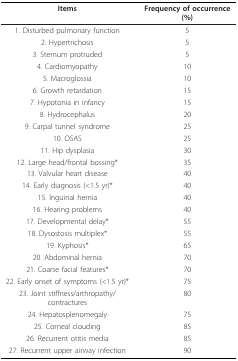
<table><thead><tr><td><b>Items</b></td><td><b>Frequency of occurrence (%)</b></td></tr></thead><tbody><tr><td>1. Disturbed pulmonary function</td><td>5</td></tr><tr><td>2. Hypertrichosis</td><td>5</td></tr><tr><td>3. Sternum protruded</td><td>5</td></tr><tr><td>4. Cardiomyopathy</td><td>10</td></tr><tr><td>5. Macroglossia</td><td>10</td></tr><tr><td>6. Growth retardation</td><td>15</td></tr><tr><td>7. Hypotonia in infancy</td><td>15</td></tr><tr><td>8. Hydrocephalus</td><td>20</td></tr><tr><td>9. Carpal tunnel syndrome</td><td>25</td></tr><tr><td>10. OSAS</td><td>25</td></tr><tr><td>11. Hip dysplasia</td><td>30</td></tr><tr><td>12. Large head/frontal bossing*</td><td>35</td></tr><tr><td>13. Valvular heart disease</td><td>40</td></tr><tr><td>14. Early diagnosis (&lt;1.5 yr)*</td><td>40</td></tr><tr><td>15. Inguinal hernia</td><td>40</td></tr><tr><td>16. Hearing problems</td><td>40</td></tr><tr><td>17. Developmental delay*</td><td>55</td></tr><tr><td>18. Dysostosis multiplex*</td><td>55</td></tr><tr><td>19. Kyphosis*</td><td>65</td></tr><tr><td>20. Abdominal hernia</td><td>70</td></tr><tr><td>21. Coarse facial features*</td><td>70</td></tr><tr><td>22. Early onset of symptoms (&lt;1.5 yr)*</td><td>75</td></tr><tr><td>23. Joint stiffness/arthropathy/contractures</td><td>80</td></tr><tr><td>24. Hepatosplenomegaly</td><td>75</td></tr><tr><td>25. Corneal clouding</td><td>85</td></tr><tr><td>26. Recurrent otitis media</td><td>85</td></tr><tr><td>27. Recurrent upper airway infection</td><td>90</td></tr></tbody></table>